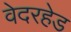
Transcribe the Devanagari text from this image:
वेदरहेड